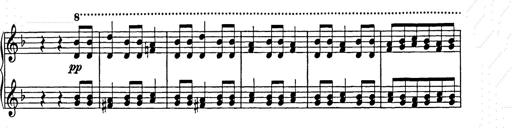
Title: Weihnachtsbaum
Composer: Franz Liszt